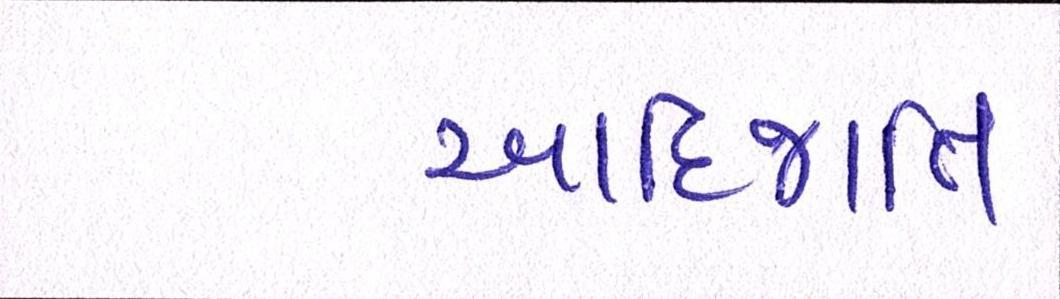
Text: આદિજાતિ